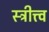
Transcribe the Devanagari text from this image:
स्त्रीत्त्व